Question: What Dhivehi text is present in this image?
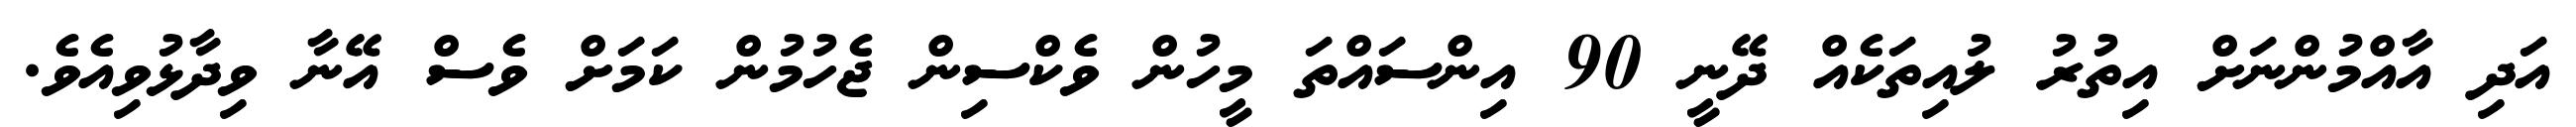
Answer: އަދި އާއްމުންނަށް އިތުރު ލުއިތަކެއް ދޭނީ 90 އިންސައްތަ މީހުން ވެކްސިން ޖެހުމުން ކަމަށް ވެސް އޭނާ ވިދާޅުވިއެވެ.